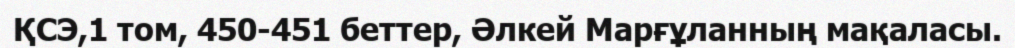
ҚСЭ,1 том, 450-451 беттер, Әлкей Марғұланның мақаласы.